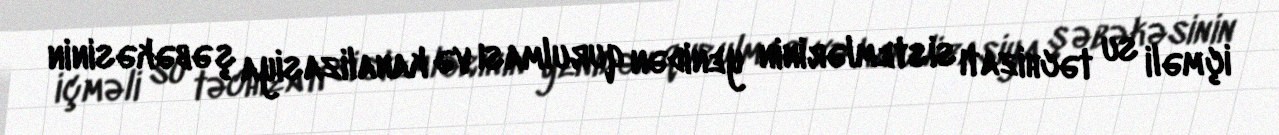
içməli su təchizatı sistemlərinin yenidən qurulması və kanalizasiya şəbəkəsinin